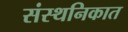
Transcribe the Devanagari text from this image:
संस्थनिकात